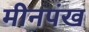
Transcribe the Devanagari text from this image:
मीनपंख